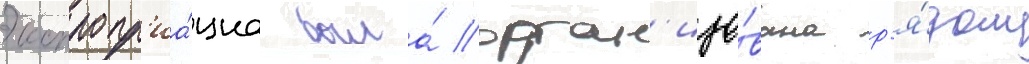
Экспропр'иа́циа была́ орган'изо́вана р'я́дом